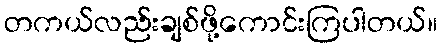
တကယ်လည်းချစ်ဖို့ကောင်းကြပါတယ်။